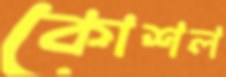
কোশল